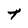
Character: t